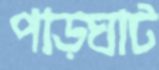
পাড়ঘাট